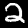
Label: 2